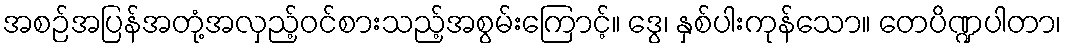
အစဉ်အပြန်အတုံ့အလှည့်ဝင်စားသည့်အစွမ်းကြောင့်။ ဒွေ၊ နှစ်ပါးကုန်သော။ တေပိဏ္ဍပါတာ၊